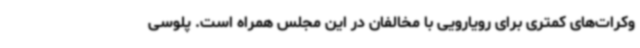
وکرات‌های کمتری برای رویارویی با مخالفان در این مجلس همراه است. پلوسی